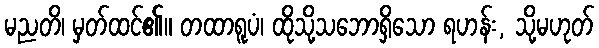
မညတိ၊ မှတ်ထင်၏။ တထာရူပံ၊ ထိုသို့သဘောရှိသော ရဟန်း, သို့မဟုတ်